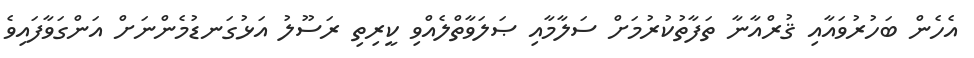
އެހެން ބަހުރުވައާއި ޤުރްއާނާ ތަފާތުކުރުމަށް ސަލާމާއި ޞަލަވާތްލެއްވި ކީރިތި ރަސޫލު އަޅުގަނޑުމެންނަށް އަންގަވާފައިވެ